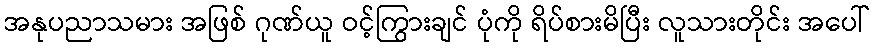
အနုပညာသမား အဖြစ် ဂုဏ်ယူ ဝင့်ကြွားချင် ပုံကို ရိပ်စားမိပြီး လူသားတိုင်း အပေါ်